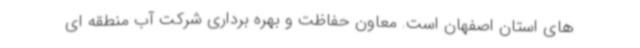
های استان اصفهان است. معاون حفاظت و بهره برداری شرکت آب منطقه ای